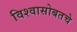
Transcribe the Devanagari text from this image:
विश्वासोबतचे